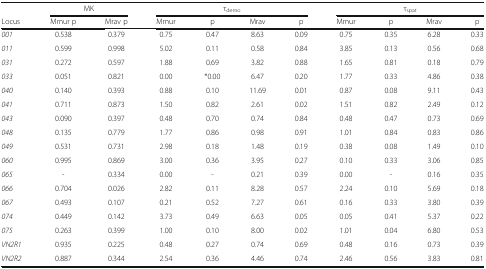
<table><thead><tr><td></td><td colspan="2"><b>MK</b></td><td colspan="4"><b>τ<sub>demo</sub></b></td><td colspan="4"><b>τ<sub>spat</sub></b></td></tr><tr><td><b>Locus</b></td><td><b>Mmur p</b></td><td><b>Mrav p</b></td><td><b>Mmur</b></td><td><b>p</b></td><td><b>Mrav</b></td><td><b>p</b></td><td><b>Mmur</b></td><td><b>p</b></td><td><b>Mrav</b></td><td><b>p</b></td></tr></thead><tbody><tr><td><i>001</i></td><td>0.538</td><td>0.379</td><td>0.75</td><td>0.47</td><td>8.63</td><td>0.09</td><td>0.75</td><td>0.35</td><td>6.28</td><td>0.33</td></tr><tr><td><i>011</i></td><td>0.599</td><td>0.998</td><td>5.02</td><td>0.11</td><td>0.58</td><td>0.84</td><td>3.85</td><td>0.13</td><td>0.56</td><td>0.68</td></tr><tr><td><i>031</i></td><td>0.272</td><td>0.597</td><td>1.88</td><td>0.69</td><td>3.82</td><td>0.88</td><td>1.65</td><td>0.81</td><td>0.18</td><td>0.79</td></tr><tr><td><i>033</i></td><td>0.051</td><td>0.821</td><td>0.00</td><td>*0.00</td><td>6.47</td><td>0.20</td><td>1.77</td><td>0.33</td><td>4.86</td><td>0.38</td></tr><tr><td><i>040</i></td><td>0.140</td><td>0.393</td><td>0.88</td><td>0.10</td><td>11.69</td><td>0.01</td><td>0.87</td><td>0.08</td><td>9.11</td><td>0.43</td></tr><tr><td><i>041</i></td><td>0.711</td><td>0.873</td><td>1.50</td><td>0.82</td><td>2.61</td><td>0.02</td><td>1.51</td><td>0.82</td><td>2.49</td><td>0.12</td></tr><tr><td><i>043</i></td><td>0.090</td><td>0.397</td><td>0.48</td><td>0.70</td><td>0.74</td><td>0.84</td><td>0.48</td><td>0.47</td><td>0.73</td><td>0.69</td></tr><tr><td><i>048</i></td><td>0.135</td><td>0.779</td><td>1.77</td><td>0.86</td><td>0.98</td><td>0.91</td><td>1.01</td><td>0.84</td><td>0.83</td><td>0.86</td></tr><tr><td><i>049</i></td><td>0.531</td><td>0.731</td><td>2.98</td><td>0.18</td><td>1.48</td><td>0.19</td><td>0.38</td><td>0.08</td><td>1.49</td><td>0.10</td></tr><tr><td><i>060</i></td><td>0.995</td><td>0.869</td><td>3.00</td><td>0.36</td><td>3.95</td><td>0.27</td><td>0.10</td><td>0.33</td><td>3.06</td><td>0.85</td></tr><tr><td><i>065</i></td><td>-</td><td>0.334</td><td>0.00</td><td>-</td><td>0.21</td><td>0.39</td><td>0.00</td><td>-</td><td>0.16</td><td>0.35</td></tr><tr><td><i>066</i></td><td>0.704</td><td>0.026</td><td>2.82</td><td>0.11</td><td>8.28</td><td>0.57</td><td>2.24</td><td>0.10</td><td>5.69</td><td>0.18</td></tr><tr><td><i>067</i></td><td>0.493</td><td>0.107</td><td>0.21</td><td>0.52</td><td>7.27</td><td>0.61</td><td>0.16</td><td>0.33</td><td>3.80</td><td>0.39</td></tr><tr><td><i>074</i></td><td>0.449</td><td>0.142</td><td>3.73</td><td>0.49</td><td>6.63</td><td>0.05</td><td>0.05</td><td>0.41</td><td>5.37</td><td>0.22</td></tr><tr><td><i>075</i></td><td>0.263</td><td>0.399</td><td>1.00</td><td>0.10</td><td>8.00</td><td>0.02</td><td>1.01</td><td>0.04</td><td>6.80</td><td>0.53</td></tr><tr><td><i>VN2R1</i></td><td>0.935</td><td>0.225</td><td>0.48</td><td>0.27</td><td>0.74</td><td>0.69</td><td>0.48</td><td>0.16</td><td>0.73</td><td>0.39</td></tr><tr><td><i>VN2R2</i></td><td>0.887</td><td>0.344</td><td>2.54</td><td>0.36</td><td>4.46</td><td>0.74</td><td>2.46</td><td>0.56</td><td>3.83</td><td>0.81</td></tr></tbody></table>